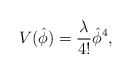
\begin{align*}V(\hat{\phi}) = {\lambda\over 4!}\hat{\phi}^4,\end{align*}